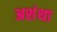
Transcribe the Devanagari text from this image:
अशंथा